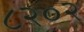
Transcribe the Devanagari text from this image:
८२०२